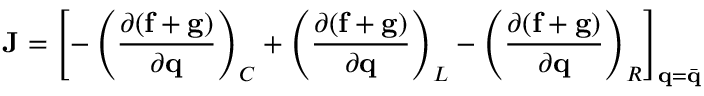
\mathbf { J } = \left[ - \left( \frac { \partial ( \mathbf { f } + \mathbf { g } ) } { \partial \mathbf { q } } \right) _ { C } + \left( \frac { \partial ( \mathbf { f } + \mathbf { g } ) } { \partial \mathbf { q } } \right) _ { L } - \left( \frac { \partial ( \mathbf { f } + \mathbf { g } ) } { \partial \mathbf { q } } \right) _ { R } \right] _ { \mathbf { q } = \Bar { \mathbf { q } } }